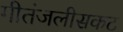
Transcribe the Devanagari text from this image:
गीतंजलीसकट